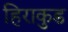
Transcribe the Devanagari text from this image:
हिराकुड